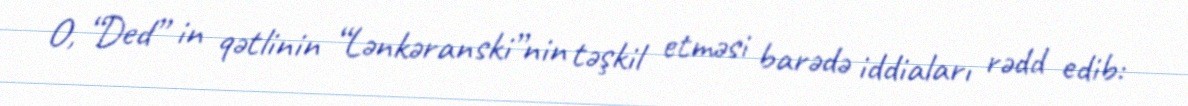
O, “Ded” in qətlinin “Lənkəranski”nin təşkil etməsi barədə iddiaları rədd edib: